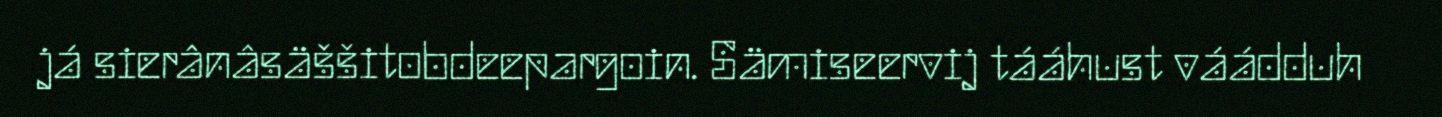
já sierânâsäššitobdeepargoin. Sämiseervij tááhust váádduh